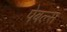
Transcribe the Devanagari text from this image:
पेबल्स